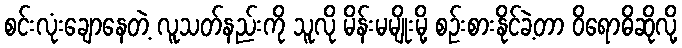
စင်းလုံးချောနေတဲ့ လူသတ်နည်းကို သူလို မိန်းမမျိုးမို့ စဉ်းစားနိုင်ခဲ့တာ ဝိရောဓိဆိုလို့